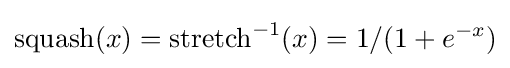
{\text{squash}}(x)={\text{stretch}}^{-1}(x)=1/(1+e^{-x})